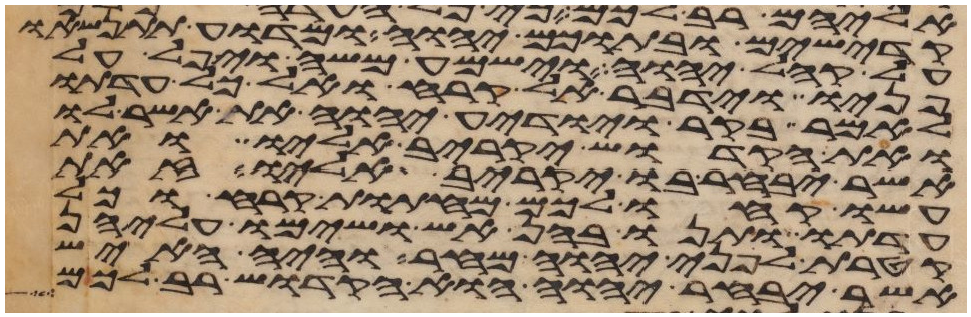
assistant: קדישים ובתוכם יהוה ומדוע תתנשאו
על קהל יהוה וישמע משה ויפל על
פניו וידבר אל קרח ואל כל עדתו
לאמר בקר ויודע יהוה את אשר לו
ואת הקדוש יקריב אליו ואת
אשר יבחר בו יקריב אליו זאת
עשו קחו לכם מחתות קרח וכל
עדתו ותנו בהן אש ושימו עליהן
קטרת לפני יהוה מחר והיה האיש
אשר יבחר יהוה הוא הקדוש רב לכם